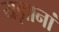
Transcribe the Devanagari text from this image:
यज्ञानां